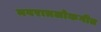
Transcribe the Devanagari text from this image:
नवरात्रलोकगीत